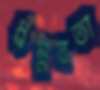
ধ্রম্নবতা